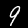
Label: 9